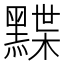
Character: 𪑧